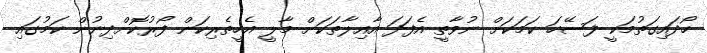
ހޯދައިގަތުމަކީ ފަސޭހަ ކަމަކަށް ނުވާތީ އެފަދަ އާއިލާތަކަށް މާލީ އެހީތެރިކަން ފޯރުކޮށްދިނުން ކަމުގައި